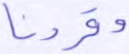
وقرونا